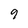
Character: 9